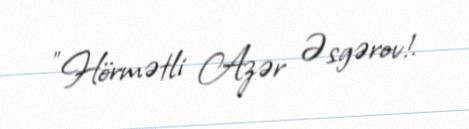
"Hörmətli Azər Əsgərov!.